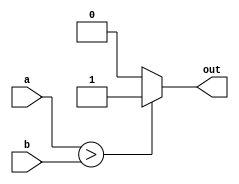
module comp
	(
	input [29:0] a,b,
	output reg out
	);
	always@(*)
	begin
	if(a>b) out=1;
	else out=0;
	end
	endmodule